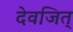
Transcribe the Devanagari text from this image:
देवजित्‌